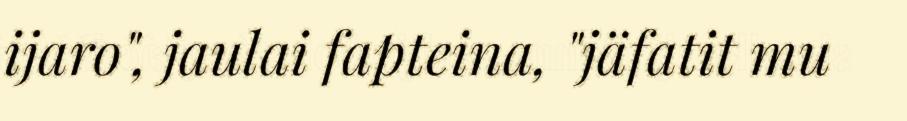
ijaro", jaulai fapteina, "jäfatit mu